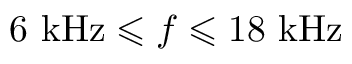
6 ~ \mathrm { k H z } \leqslant f \leqslant 1 8 ~ \mathrm { k H z }